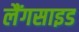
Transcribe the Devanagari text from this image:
लैंगसाइड